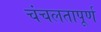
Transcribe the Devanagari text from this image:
चंचलतापूर्ण